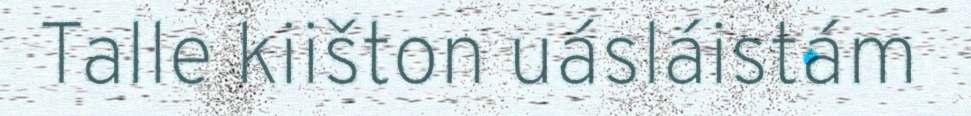
Talle kiišton uásláistám